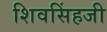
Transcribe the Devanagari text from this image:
शिवसिंहजी